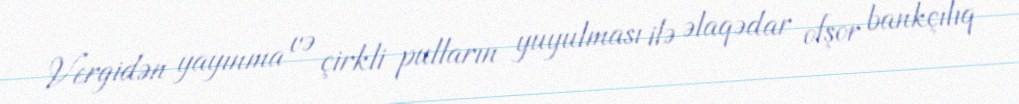
Vergidən yayınma və çirkli pulların yuyulması ilə əlaqədar ofşor bankçılıq